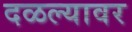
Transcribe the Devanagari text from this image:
दळल्यावर